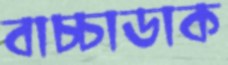
বাচ্চাডাক